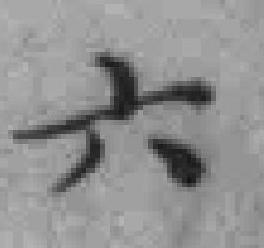
六